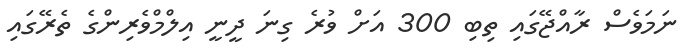
ނަމަވެސް ރާއްޖޭގައި ތިބި 300 އަށް ވުރެ ގިނަ ދީނީ އިލްމްވެރިންގެ ތެރޭގައި